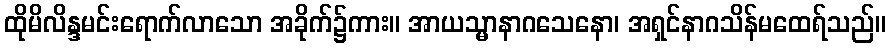
ထိုမိလိန္ဒမင်းရောက်လာသော အခိုက်၌ကား။ အာယသ္မာနာဂသေနော၊ အရှင်နာဂသိန်မထေရ်သည်။